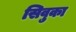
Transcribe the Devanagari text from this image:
सिवुका